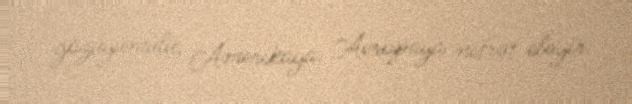
gözüyumulu, Amerikaya, Avropaya nifrət eləyir.